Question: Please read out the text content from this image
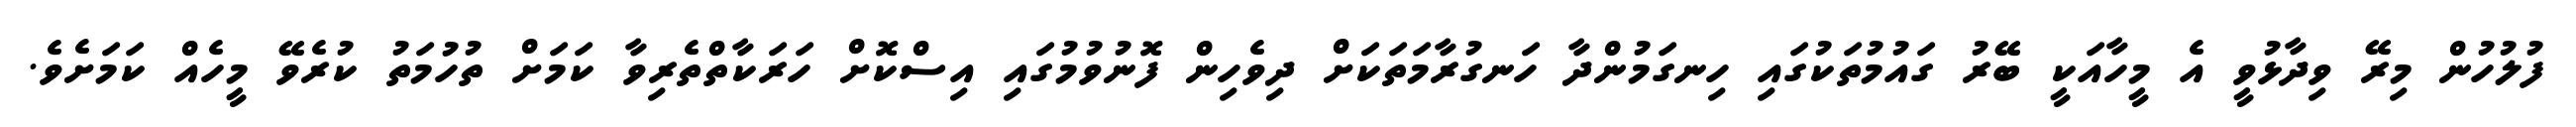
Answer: ފުލުހުން މިރޭ ވިދާޅުވީ އެ މީހާއަކީ ބޭރު ގައުމުތަކުގައި ހިނގަމުންދާ ހަނގުރާމަތަކަށް ދިވެހިން ފޮނުވުމުގައި އިސްކޮށް ހަރަކާތްތެރިވާ ކަމަށް ތުހުމަތު ކުރެވޭ މީހެއް ކަމަށެވެ.